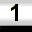
Digit: 1